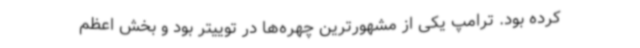
کرده بود. ترامپ یکی از مشهورترین چهره‌ها در توییتر بود و بخش اعظم